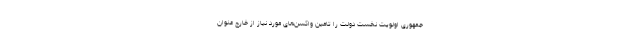
جمهوری اولویت نخست دولت را تامین واکسن‌های مورد نیاز از خارج عنوان